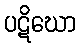
ပဋိဃော